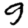
Digit: 9